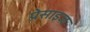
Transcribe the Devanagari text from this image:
प्रेसाइज